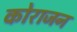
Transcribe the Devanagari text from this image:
कोराजन